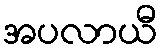
အပလာယီ